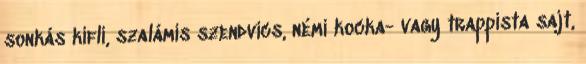
sonkás kifli, szalámis szendvics, némi kocka- vagy trappista sajt,